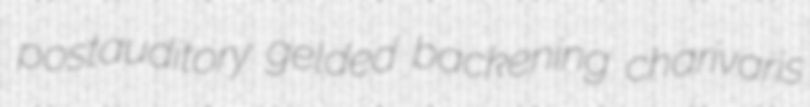
postauditory gelded backening charivaris